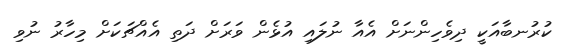
ކުރުނބާއަކީ ދިވެހިންނަށް އެއާ ނުލައި އުޅެން ވަރަށް ދަތި އެއްޗަކަށް މިހާރު ނުވި